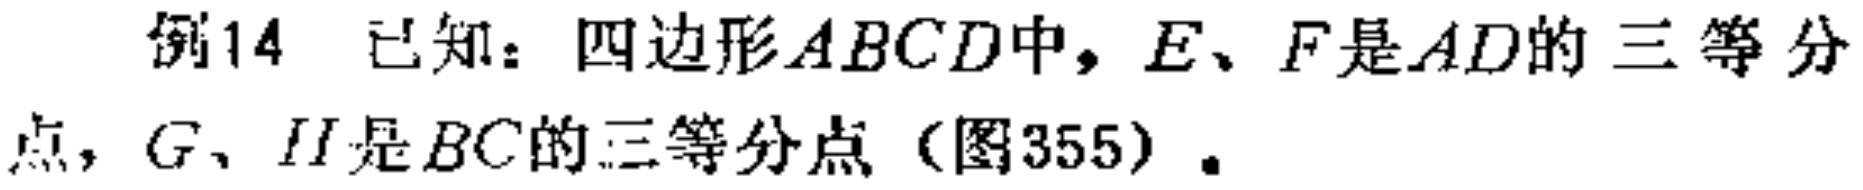
例14 已知：四边形\(ABCD\)中，\(E、F\)是\(AD\)的三等分点，\(G、H\)是\(BC\)的三等分点（图355）。